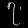
Digit: ၇